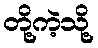
တို့ကဲ့သို့